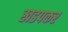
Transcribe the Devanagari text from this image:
खडपकर